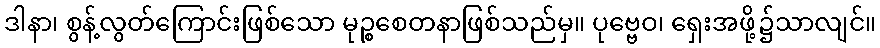
ဒါနာ၊ စွန့်လွတ်ကြောင်းဖြစ်သော မုဉ္စစေတနာဖြစ်သည်မှ။ ပုဗ္ဗေဝ၊ ရှေးအဖို့၌သာလျင်။